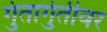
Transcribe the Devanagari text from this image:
गुंतागुंतीवर